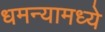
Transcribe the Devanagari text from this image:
धमन्यामध्ये